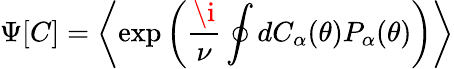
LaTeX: \Psi[C]=\left\langle\exp\left(\frac{\i}{\nu}\oint dC_{\alpha}(\theta)P_{\alpha}(\theta)\right)\right\rangle